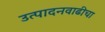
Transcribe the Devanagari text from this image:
उत्पादनवाढीचा